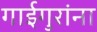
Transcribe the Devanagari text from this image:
गाईगुरांना